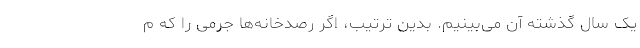
یک سال گذشته آن می‌بینیم. بدین ترتیب، اگر رصدخانه‌ها جرمی را که م